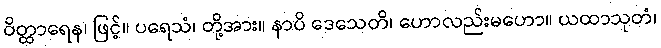
ဝိတ္ထာရေန၊ ဖြင့်။ ပရေသံ၊ တို့အား။ နာပိ ဒေသေတိ၊ ဟောလည်းမဟော။ ယထာသုတံ၊